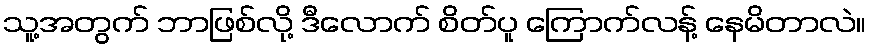
သူ့အတွက် ဘာဖြစ်လို့ ဒီလောက် စိတ်ပူ ကြောက်လန့် နေမိတာလဲ။